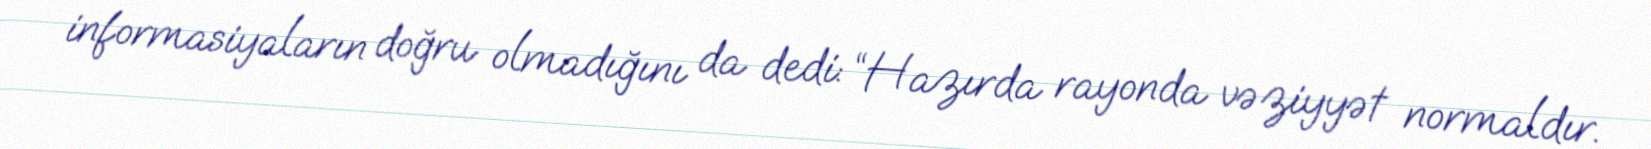
informasiyaların doğru olmadığını da dedi: “Hazırda rayonda vəziyyət normaldır.